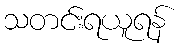
သတင်းရယူရန်